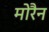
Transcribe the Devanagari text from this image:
मोरैन